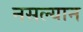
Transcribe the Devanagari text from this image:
नसल्यान